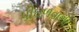
પીઘળવાથી